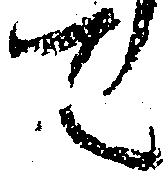
て